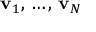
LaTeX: \displaystyle \mathbf { v } _ { 1 } , \, \ldots , \, \mathbf { v } _ { N }